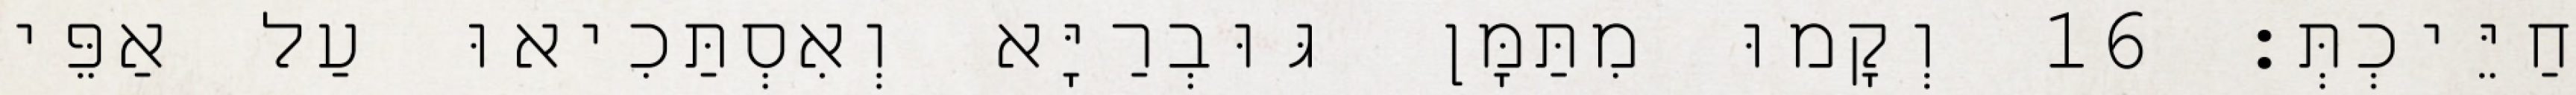
חַיֵּיכְתְּ׃ 16 וְקָמוּ מִתַּמָּן גּוּבְרַיָּא וְאִסְתַּכִיאוּ עַל אַפֵּי